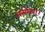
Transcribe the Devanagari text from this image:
असोका।।